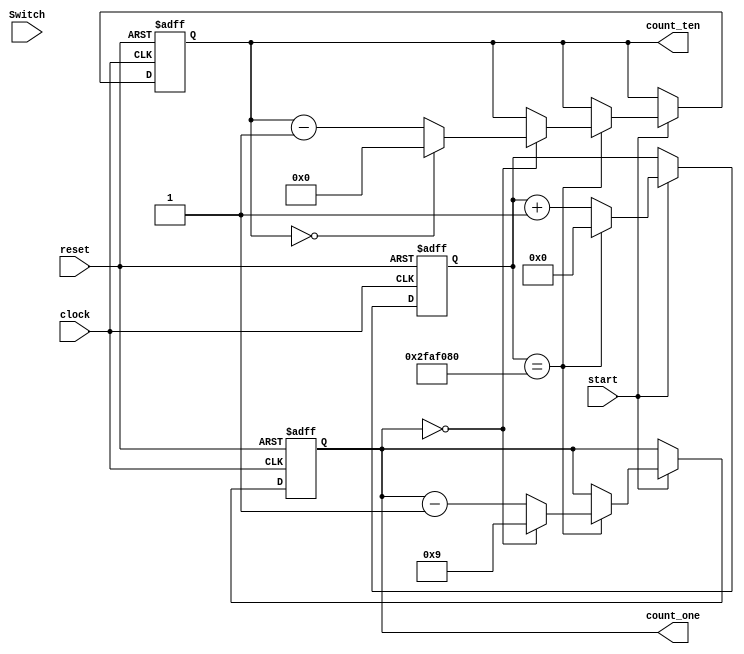
/* 
*  In order to output 1 second countdown timer
*  
*/
// 50MHz = 0.02 x 10^-6 s = 20 ns
module Timer #(
// 20ns x 50_000_000 = 1s
   parameter Time = 50_000_000,    // The number of times required to change 50MHz to 1 second
	parameter ones = 0,
	parameter tens = 2
)(
  input  start,                    // start the game
  input  Switch,
  input  clock,
  input  reset,
  output reg [7:0] count_one,        //ones 
  output reg [7:0] count_ten         //Tens

);

reg [32:0] m;

always @(posedge clock or negedge reset) begin
    if (!reset)begin
	   m     <= {(32){1'b0}};
	   count_one <= ones;
		count_ten <= tens;
	 end
	 else if (start) begin
     if (m == Time) begin    // Reaching 1 second
	      m     <= {(32){1'b0}};
	//	Single digit countdown timer
		  if (count_one == 0) begin
		    count_one     <= 9;
	  // Ten digit countdown timer
           if (count_ten == 0) begin
		       count_ten     <= 0;
		     end
		     else begin
		       count_ten <= count_ten - 1'b1;
           end
		   end
		   else begin
		     count_one <= count_one - 1'b1;
         end
	  end
	  else begin
	   m     <= m + 1'b1;
	  end
   end
  end
endmodule